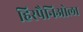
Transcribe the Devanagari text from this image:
हिस्पैनिओला